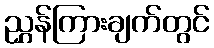
ညွှန်ကြားချက်တွင်